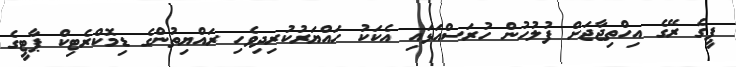
ޕީގެ ރޭގެ އިހްތިޖާޖަށް ފުލުހުން ހުރަސްއަޅައި އެކަކު ހައްޔަރުކުރިދިވެހި ރައްޔިތުންގެ ޑިމޮކްރެޓިކް ޕާޓީގެ